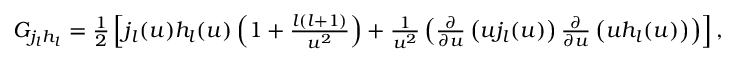
\begin{array} { r } { G _ { j _ { l } h _ { l } } = \frac { 1 } { 2 } \left[ j _ { l } ( u ) h _ { l } ( u ) \left( 1 + \frac { l ( l + 1 ) } { u ^ { 2 } } \right) + \frac { 1 } { u ^ { 2 } } \left( \frac { \partial } { \partial u } \left( u j _ { l } ( u ) \right) \frac { \partial } { \partial u } \left( u h _ { l } ( u ) \right) \right) \right] , } \end{array}